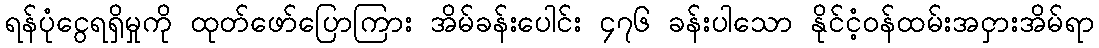
ရန်ပုံငွေရရှိမှုကို ထုတ်ဖော်ပြောကြား အိမ်ခန်းပေါင်း ၄၇၆ ခန်းပါသော နိုင်ငံ့ဝန်ထမ်းအငှားအိမ်ရာ